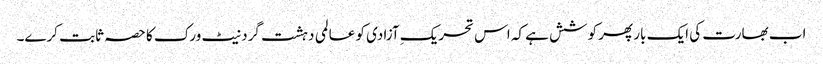
اب بھارت کی ایک بار پھر کوشش ہے کہ اس تحریکِ آزادی کو عالمی دہشت گرد نیٹ ورک کا حصہ ثابت کرے۔